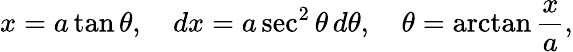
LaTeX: x=a\tan\theta,\quad dx=a\sec^{2}\theta\, d\theta,\quad\theta=\arctan{\frac{x}{a}},